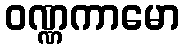
ဝဏ္ဏကာမော